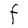
Character: F